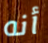
أنه